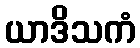
ယာဒိသကံ